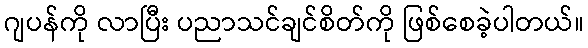
ဂျပန်ကို လာပြီး ပညာသင်ချင်စိတ်ကို ဖြစ်စေခဲ့ပါတယ်။